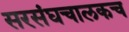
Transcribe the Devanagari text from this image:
सरसंघचालकच